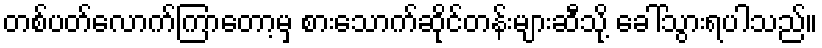
တစ်ပတ်လောက်ကြာတော့မှ စားသောက်ဆိုင်တန်းများဆီသို့ ခေါ်သွားရပါသည်။